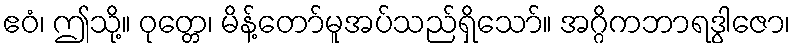
ဧဝံ၊ ဤသို့။ ဝုတ္တေ၊ မိန့်တော်မူအပ်သည်ရှိသော်။ အဂ္ဂိကဘာရဒွါဇော၊